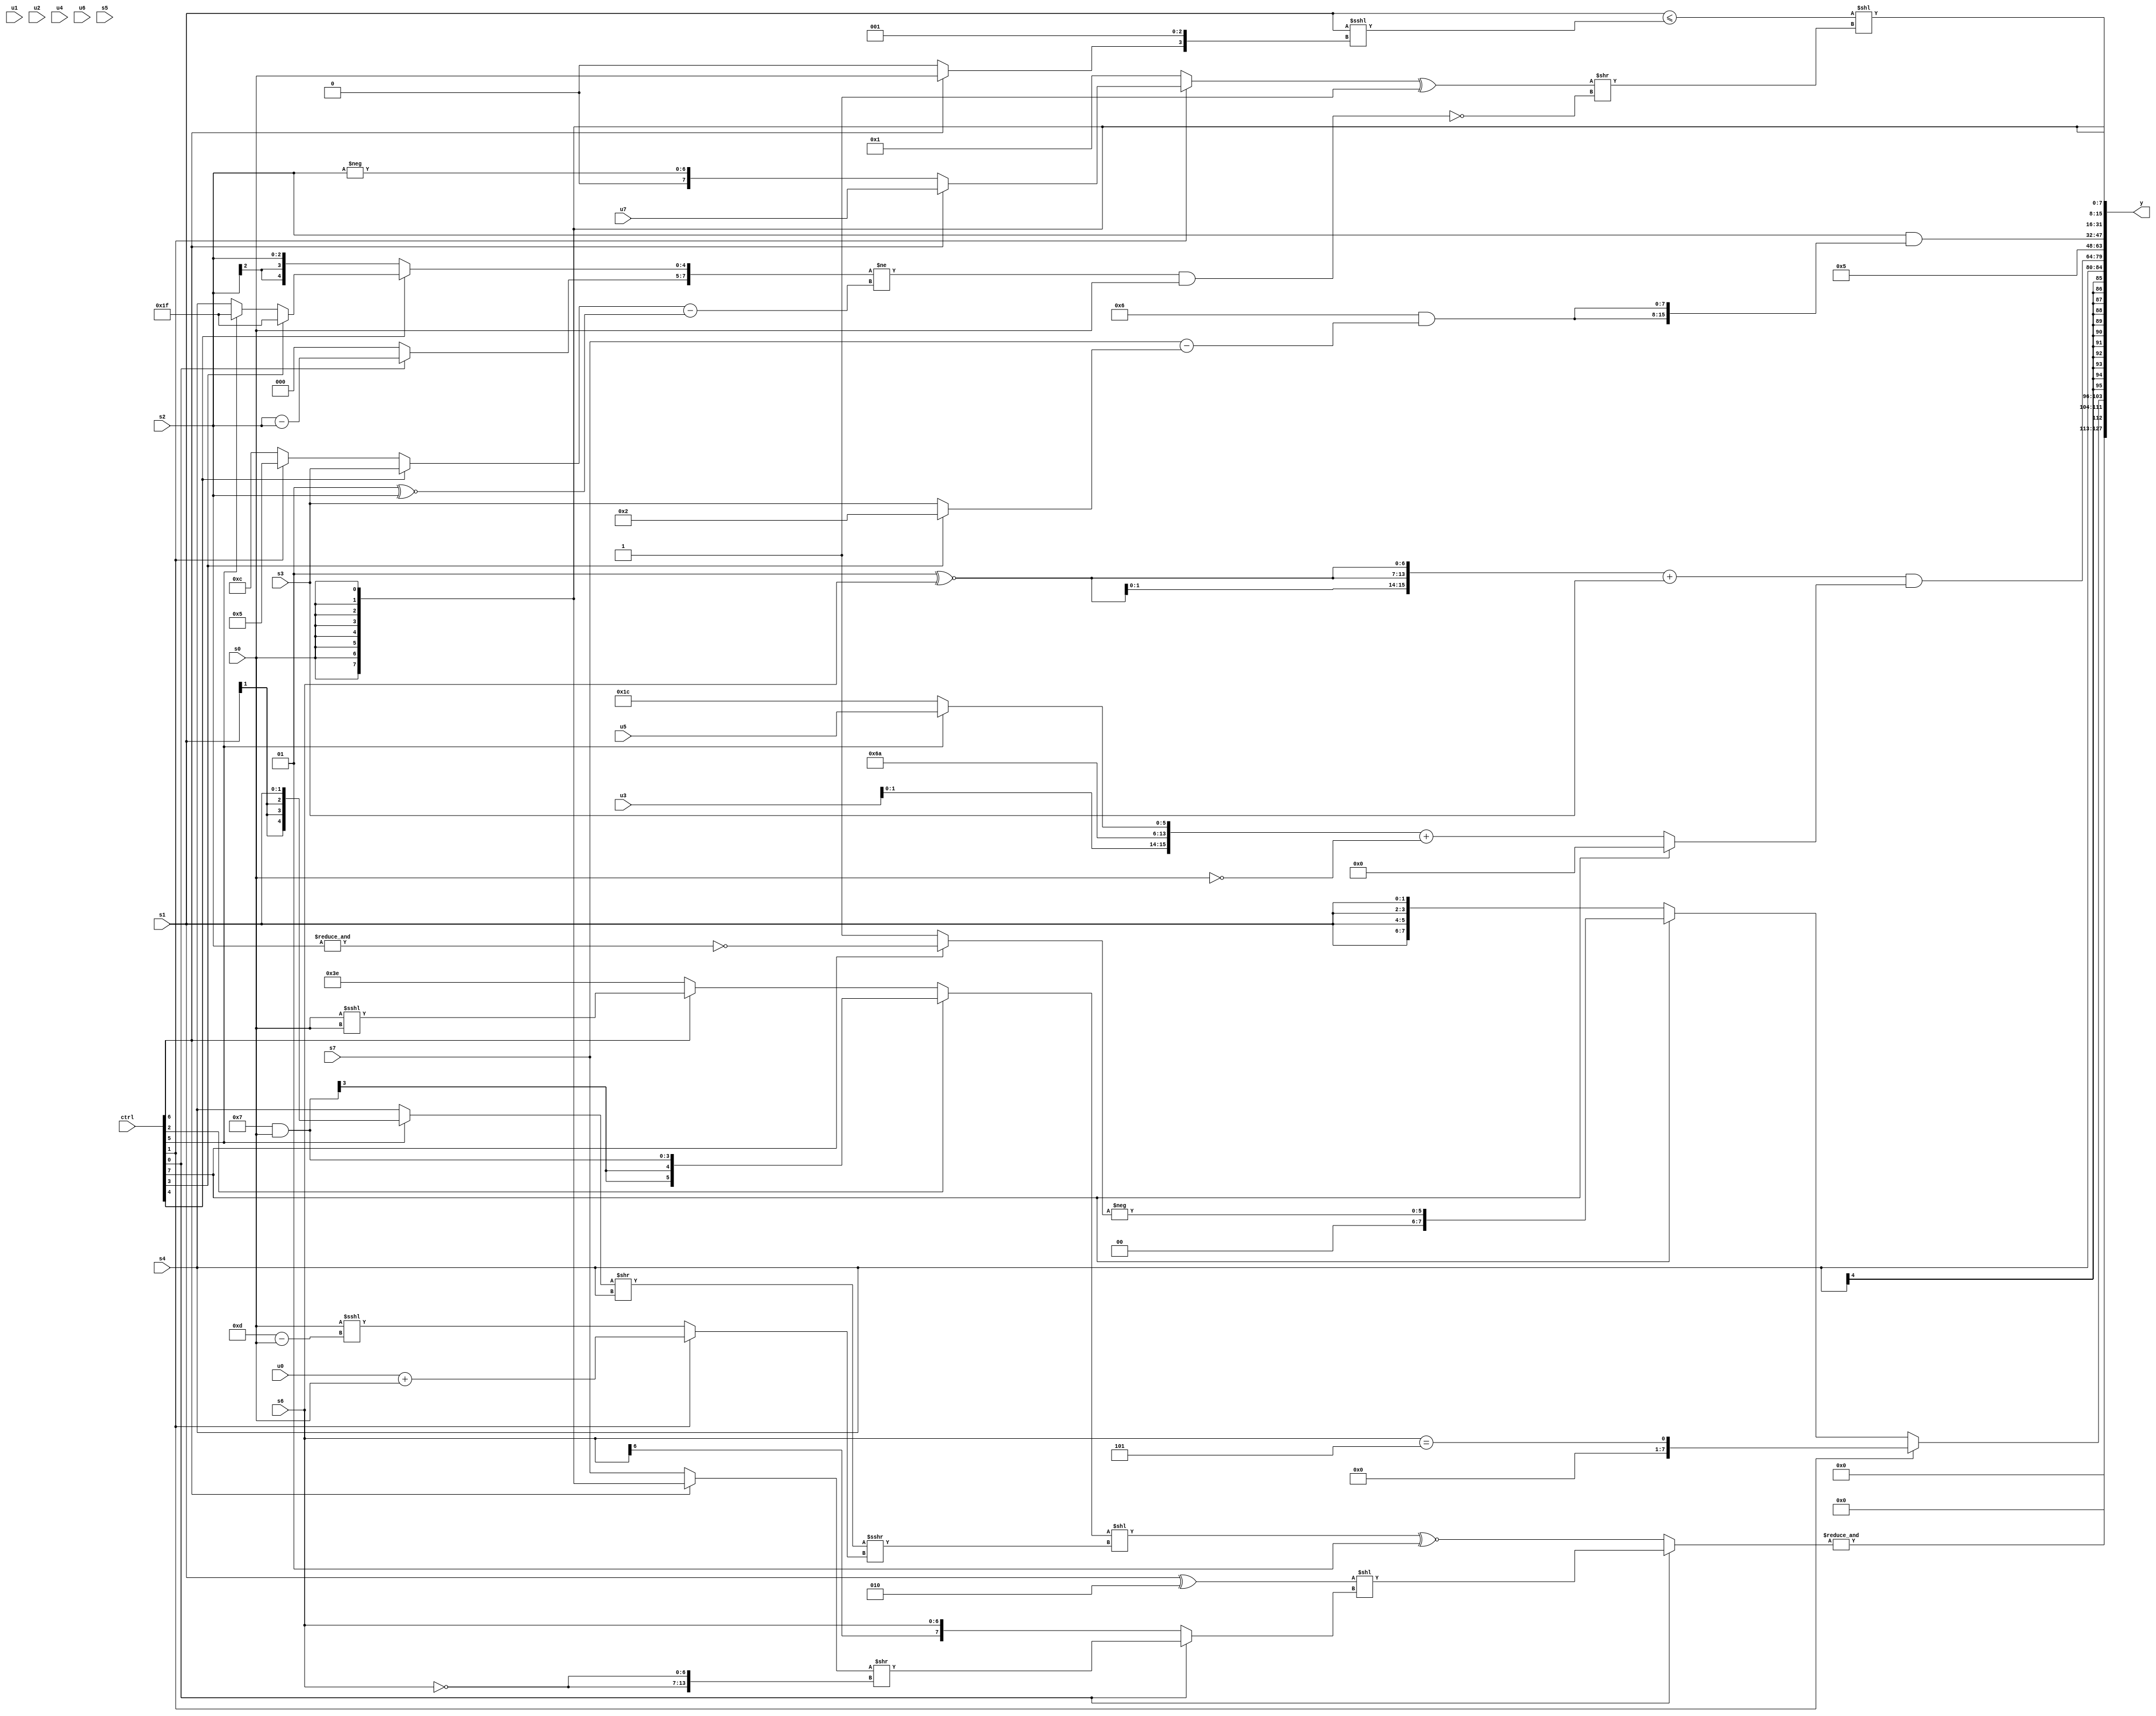
module wideexpr_00269(ctrl, u0, u1, u2, u3, u4, u5, u6, u7, s0, s1, s2, s3, s4, s5, s6, s7, y);
  input [7:0] ctrl;
  input [0:0] u0;
  input [1:0] u1;
  input [2:0] u2;
  input [3:0] u3;
  input [4:0] u4;
  input [5:0] u5;
  input [6:0] u6;
  input [7:0] u7;
  input signed [0:0] s0;
  input signed [1:0] s1;
  input signed [2:0] s2;
  input signed [3:0] s3;
  input signed [4:0] s4;
  input signed [5:0] s5;
  input signed [6:0] s6;
  input signed [7:0] s7;
  output [127:0] y;
  wire [15:0] y0;
  wire [15:0] y1;
  wire [15:0] y2;
  wire [15:0] y3;
  wire [15:0] y4;
  wire [15:0] y5;
  wire [15:0] y6;
  wire [15:0] y7;
  assign y = {y0,y1,y2,y3,y4,y5,y6,y7};
  assign y0 = &((ctrl[0]?((s1)^(5'sb00010))<<((ctrl[0]?((ctrl[6]?s0:$signed(s7)))>>({2{~(s6)}}):s6)):(((ctrl[2]?(4'sb0111)&(+(s0)):(ctrl[6]?(ctrl[6]?(s0)<<<(s0):-(s2)):6'sb111110)))<<(($unsigned(((ctrl[5]?s1:s4))>>({1{s4}})))>>>((ctrl[1]?(+(u0))+($signed(s0)):(s0)<<<((5'sb01101)-(s0))))))^~(2'sb01)));
  assign y1 = (ctrl[1]?((s6)>>(2'sb00))==((-(4'sb0011))>>(4'sb0000)):(ctrl[7]?{1{-((ctrl[7]?~&(+($signed({2{s2}}))):(ctrl[7]?+(s5):{1{+(2'sb01)}})))}}:{4{s1}}));
  assign y2 = s4;
  assign y3 = {s1,{3{(({3{$signed((2'sb01)^~(s6))}})+($unsigned($signed(s3))))&((ctrl[7]?{4{$signed(1'b0)}}:({$signed(u3),6'sb011010,2'sb10,(ctrl[5]?u5:5'sb11100)})+(~&({1{s0}}))))}}};
  assign y4 = 5'b00101;
  assign y5 = (+((s2)<<<(+($signed(5'sb00000)))))&($unsigned({2{{4{($signed((2'b10)^(5'sb00100)))&(($signed(s7))-((ctrl[3]?3'sb010:s3)))}}}}));
  assign y6 = ((s1)<=(($signed(s1))<<<({$signed((ctrl[6]?{1{$signed(s0)}}:1'b0)),3'sb001})))<<((($signed((ctrl[1]?(ctrl[6]?u7:$unsigned((ctrl[1]?-(s2):(ctrl[5]?s6:2'sb10)))):1'b1)))^(1'sb1))>>(~^((({(ctrl[0]?($unsigned(s2))-(s2):-(2'sb00)),(ctrl[4]?(ctrl[3]?(5'sb11010)>>>(6'sb000011):(ctrl[5]?2'sb11:s4)):s2)})!=({((ctrl[4]?s3:(ctrl[1]?4'sb0101:3'sb100)))-((3'sb001)^~((s2)>>>(1'b0)))}))&({$signed($signed(s0))}))));
  assign y7 = s0;
endmodule